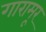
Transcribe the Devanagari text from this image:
गारामूर